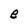
Character: e